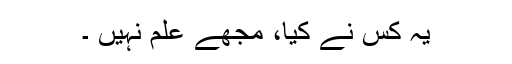
یہ کس نے کیا، مجھے علم نہیں ۔